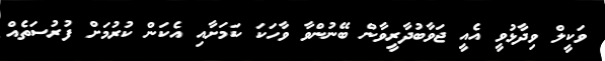
ވަކީލް ވިދާޅުވީ އެއީ ޖަވާބުދާރީވާން ބޭނުންވާ ވާހަކަ ކަމަށާއި އެކަން ކުރުމަށް ފުރުސަތެއް